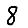
Digit: 8